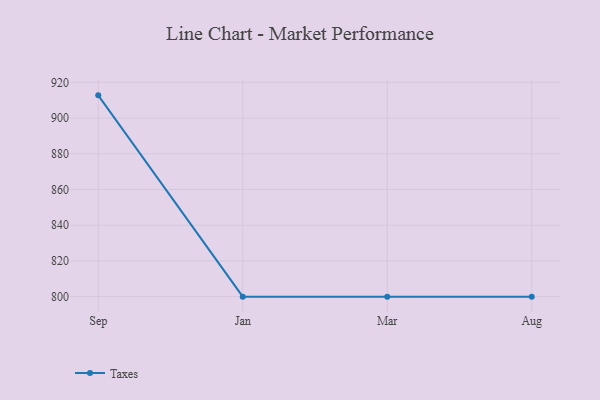
{"axis": {"x": "Month", "y": "Inventory Turnover"}, "legend": ["Taxes"], "data": [{"x": "Sep", "y": 912.7, "type": "Taxes"}, {"x": "Jan", "y": 800, "type": "Taxes"}, {"x": "Mar", "y": 800, "type": "Taxes"}, {"x": "Aug", "y": 800, "type": "Taxes"}]}